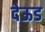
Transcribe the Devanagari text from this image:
देऊड